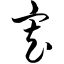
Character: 寡